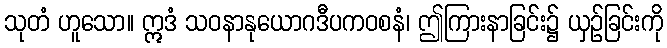
သုတံ ဟူသော။ ဣဒံ သဝနာနုယောဂဒီပကဝစနံ၊ ဤကြားနာခြင်း၌ ယှဉ်ခြင်းကို